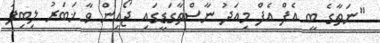
"ނަތާގެ ބީ އެފް އެފް މިއަދު ނާސްތާގަޑީގައި ޖޯއިން ވާ ޚަބަރު ލިބިފަ